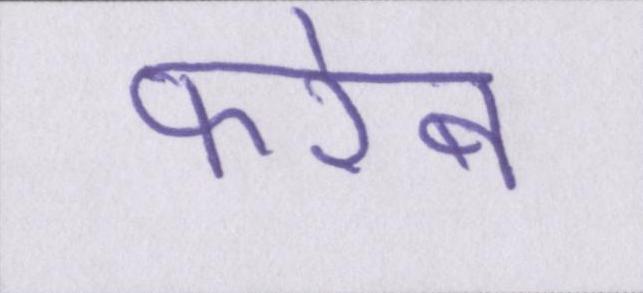
फरेब